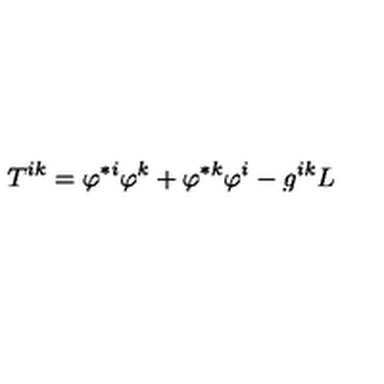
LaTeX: T ^ { i k } = \varphi ^ { \ast i } \varphi ^ { k } + \varphi ^ { \ast k } \varphi ^ { i } - g ^ { i k } L